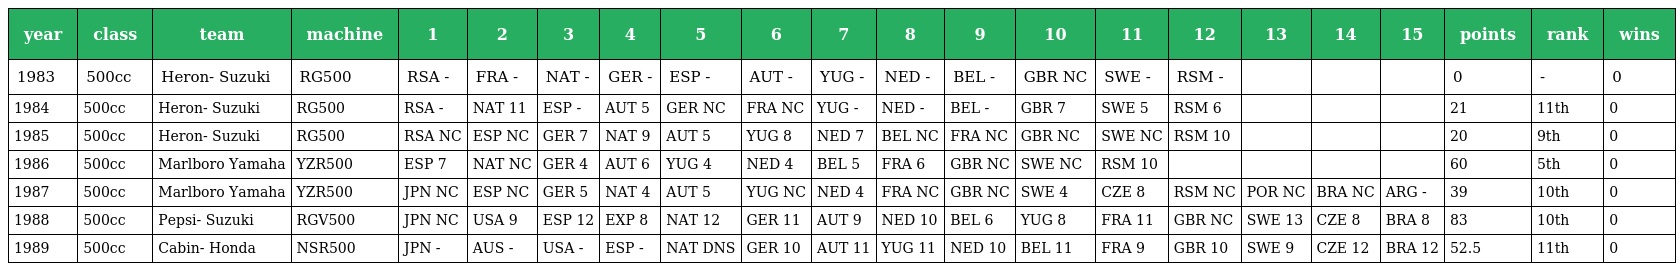
| year | class | team | machine | 1 | 2 | 3 | 4 | 5 | 6 | 7 | 8 | 9 | 10 | 11 | 12 | 13 | 14 | 15 | points | rank | wins |
 | --- | --- | --- | --- | --- | --- | --- | --- | --- | --- | --- | --- | --- | --- | --- | --- | --- | --- | --- | --- | --- | --- |
 | 1983 | 500cc | Heron- Suzuki | RG500 | RSA - | FRA - | NAT - | GER - | ESP - | AUT - | YUG - | NED - | BEL - | GBR NC | SWE - | RSM - |  |  |  | 0 | - | 0 |
 | 1984 | 500cc | Heron- Suzuki | RG500 | RSA - | NAT 11 | ESP - | AUT 5 | GER NC | FRA NC | YUG - | NED - | BEL - | GBR 7 | SWE 5 | RSM 6 |  |  |  | 21 | 11th | 0 |
 | 1985 | 500cc | Heron- Suzuki | RG500 | RSA NC | ESP NC | GER 7 | NAT 9 | AUT 5 | YUG 8 | NED 7 | BEL NC | FRA NC | GBR NC | SWE NC | RSM 10 |  |  |  | 20 | 9th | 0 |
 | 1986 | 500cc | Marlboro Yamaha | YZR500 | ESP 7 | NAT NC | GER 4 | AUT 6 | YUG 4 | NED 4 | BEL 5 | FRA 6 | GBR NC | SWE NC | RSM 10 |  |  |  |  | 60 | 5th | 0 |
 | 1987 | 500cc | Marlboro Yamaha | YZR500 | JPN NC | ESP NC | GER 5 | NAT 4 | AUT 5 | YUG NC | NED 4 | FRA NC | GBR NC | SWE 4 | CZE 8 | RSM NC | POR NC | BRA NC | ARG - | 39 | 10th | 0 |
 | 1988 | 500cc | Pepsi- Suzuki | RGV500 | JPN NC | USA 9 | ESP 12 | EXP 8 | NAT 12 | GER 11 | AUT 9 | NED 10 | BEL 6 | YUG 8 | FRA 11 | GBR NC | SWE 13 | CZE 8 | BRA 8 | 83 | 10th | 0 |
 | 1989 | 500cc | Cabin- Honda | NSR500 | JPN - | AUS - | USA - | ESP - | NAT DNS | GER 10 | AUT 11 | YUG 11 | NED 10 | BEL 11 | FRA 9 | GBR 10 | SWE 9 | CZE 12 | BRA 12 | 52.5 | 11th | 0 |